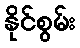
နိုင်စွမ်း